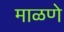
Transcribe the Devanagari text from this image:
माळणे